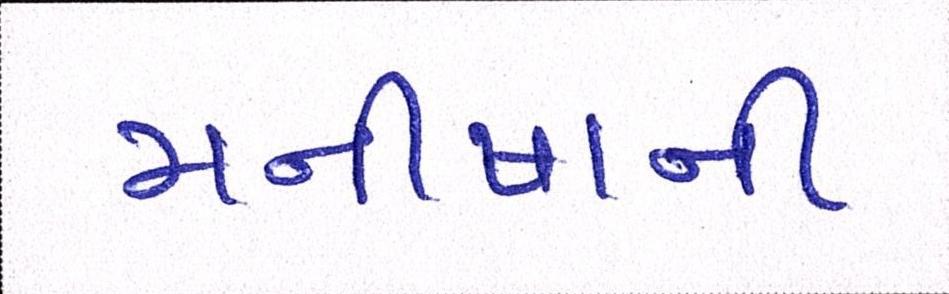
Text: મનીષાની